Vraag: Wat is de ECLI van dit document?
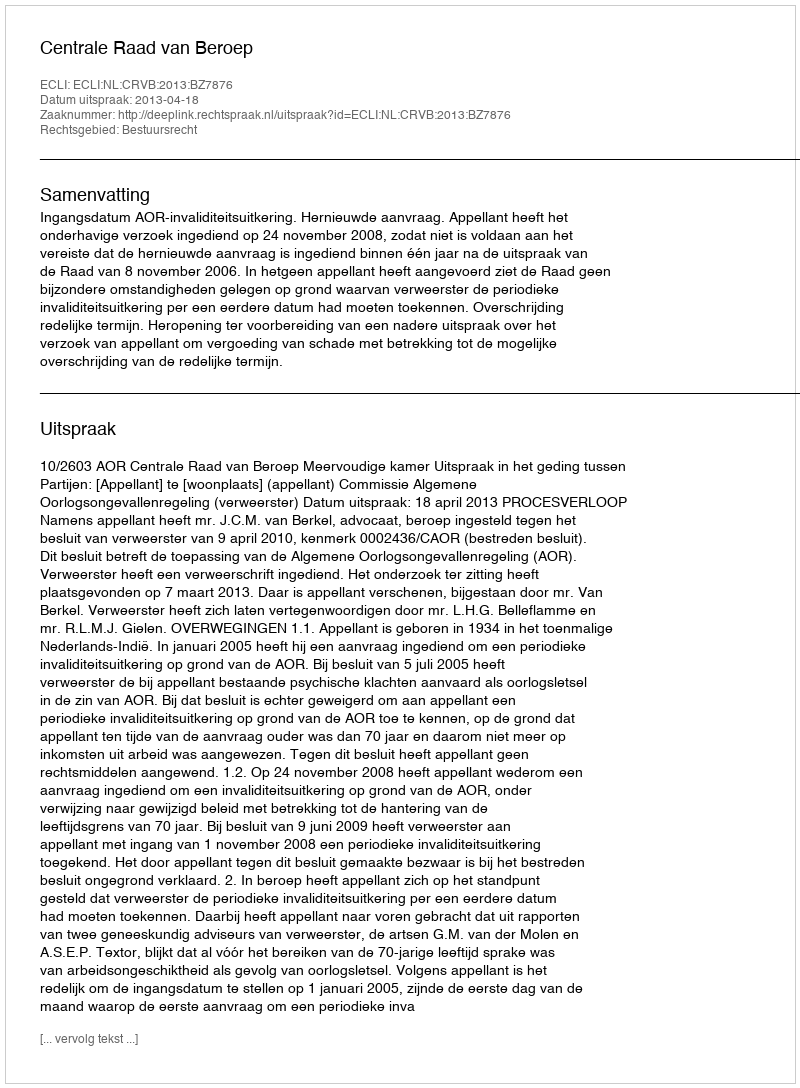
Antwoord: ECLI:NL:CRVB:2013:BZ7876